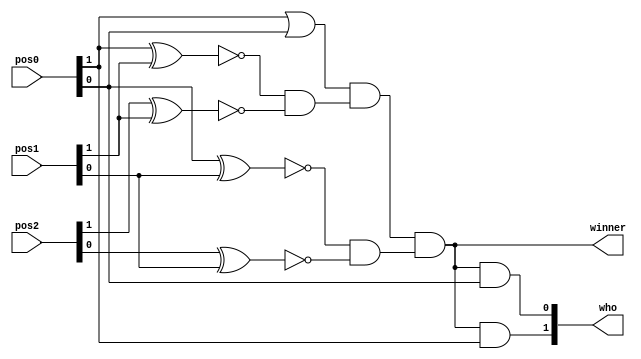
module winner_detect_3(input [1:0] pos0,pos1,pos2, output wire winner, output wire [1:0]who);
wire [1:0] temp0,temp1,temp2;
wire temp3;
assign temp0[1] = !(pos0[1]^pos1[1]);
assign temp0[0] = !(pos0[0]^pos1[0]);
assign temp1[1] = !(pos2[1]^pos1[1]);
assign temp1[0] = !(pos2[0]^pos1[0]);
assign temp2[1] = temp0[1] & temp1[1];
assign temp2[0] = temp0[0] & temp1[0];
assign temp3 = pos0[1] | pos0[0];
// winner if 3 positions are similar and should be 01 or 10 
assign winner = temp3 & temp2[1] & temp2[0];
// determine who the winner is 
assign who[1] = winner & pos0[1];
assign who[0] = winner & pos0[0];
endmodule